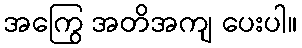
အကြွေ အတိအကျ ပေးပါ။